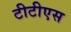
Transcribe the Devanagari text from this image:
टीटीएस